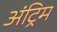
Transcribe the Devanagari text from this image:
अंट्रिम